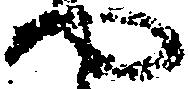
や